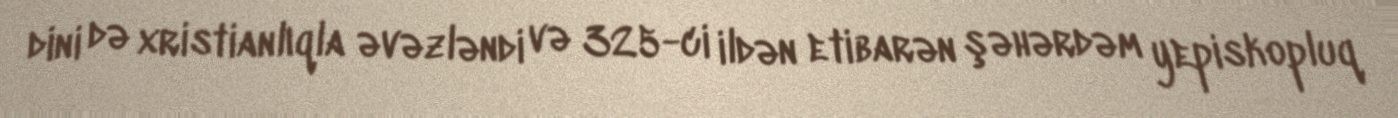
dini də xristianlıqla əvəzləndi və 325-ci ildən etibarən şəhərdəm yepiskopluq